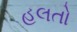
હલતો